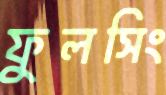
ফুলসিং